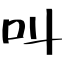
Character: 叫